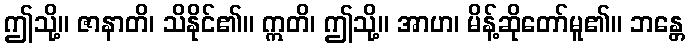
ဤသို့။ ဇာနာတိ၊ သိနိုင်၏။ ဣတိ၊ ဤသို့။ အာဟ၊ မိန့်ဆိုတော်မူ၏။ ဘန္တေ